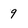
Character: 9